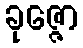
ခုဇ္ဇော